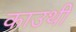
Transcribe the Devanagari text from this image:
काउथी